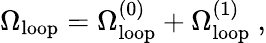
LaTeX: \Omega_{\mathrm{loop}}=\Omega_{\mathrm{loop}}^{(0)}+\Omega_{\mathrm{loop}}^{(1)}\ ,